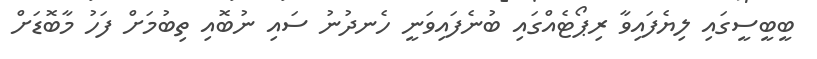
ބީބީސީގައި ލިޔެފައިވާ ރިޕޯޓެއްގައި ބުނެފައިވަނީ ހެނދުނު ސައި ނުބޮއި ތިބުމަށް ފަހު މާބޮޑަށް